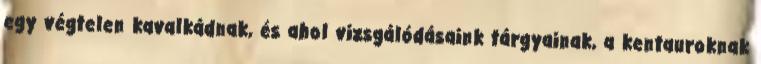
egy végtelen kavalkádnak, és ahol vizsgálódásaink tárgyainak, a kentauroknak